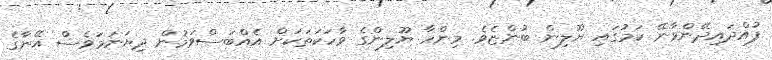
ފުއްދައިދޭންވާނޭ ކަމުގައި ޔޫލިން ބުންޏެވެ. މިންހާ ޔޫލިންގެ ވާހަކަތަކަށް އެއްބަސްވަމުން ދިޔަނަމަވެސް އޭނާގެ